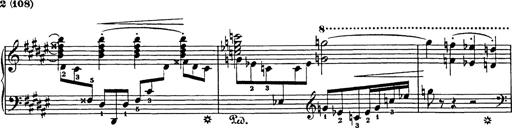
Title: Impromptu
Composer: JosÃ© MarÃ­a Usandizaga
Key: A major